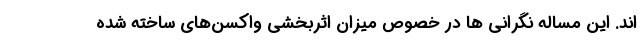
اند. این مساله نگرانی ها در خصوص میزان اثربخشی واکسن‌های ساخته شده